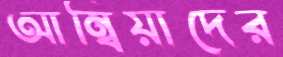
আম্বিয়াদের